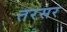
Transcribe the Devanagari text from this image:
तरसर